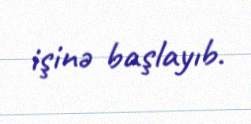
işinə başlayıb.